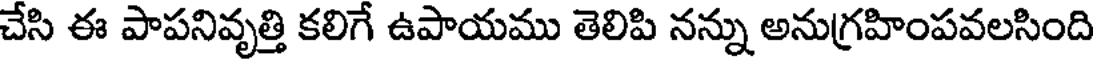
చేసి ఈ పాపనివృత్తి కలిగే ఉపాయము తెలిపి నన్ను అనుగ్రహింపవలసింది